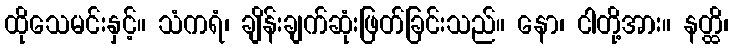
ထိုသေမင်းနှင့်။ သံကရံ၊ ချိန်းချက်ဆုံးဖြတ်ခြင်းသည်။ နော၊ ငါတို့အား။ နတ္ထိ၊